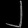
Digit: ၂